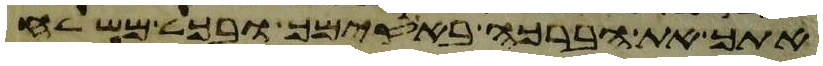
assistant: אתך את הברכה באסימך ובכל משלח